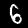
Label: 6